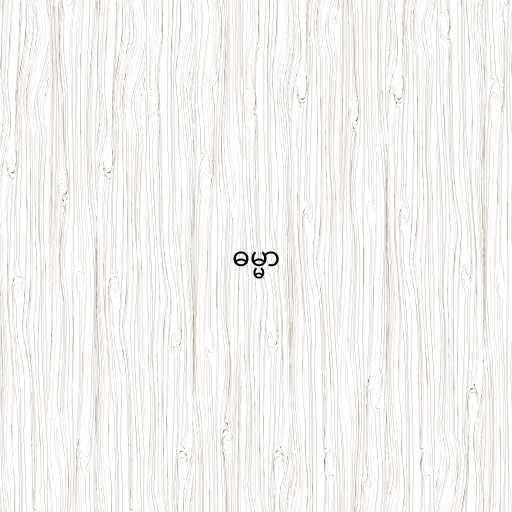
ဓမ္မာ